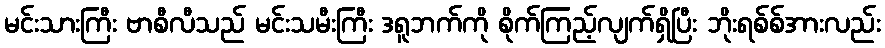
မင်းသားကြီး ဗာစီလီသည် မင်းသမီးကြီး ဒရူဘက်ကို စိုက်ကြည့်လျက်ရှိပြီး ဘိုးရစ်စ်အားလည်း